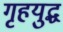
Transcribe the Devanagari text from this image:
गृहयुद्ध